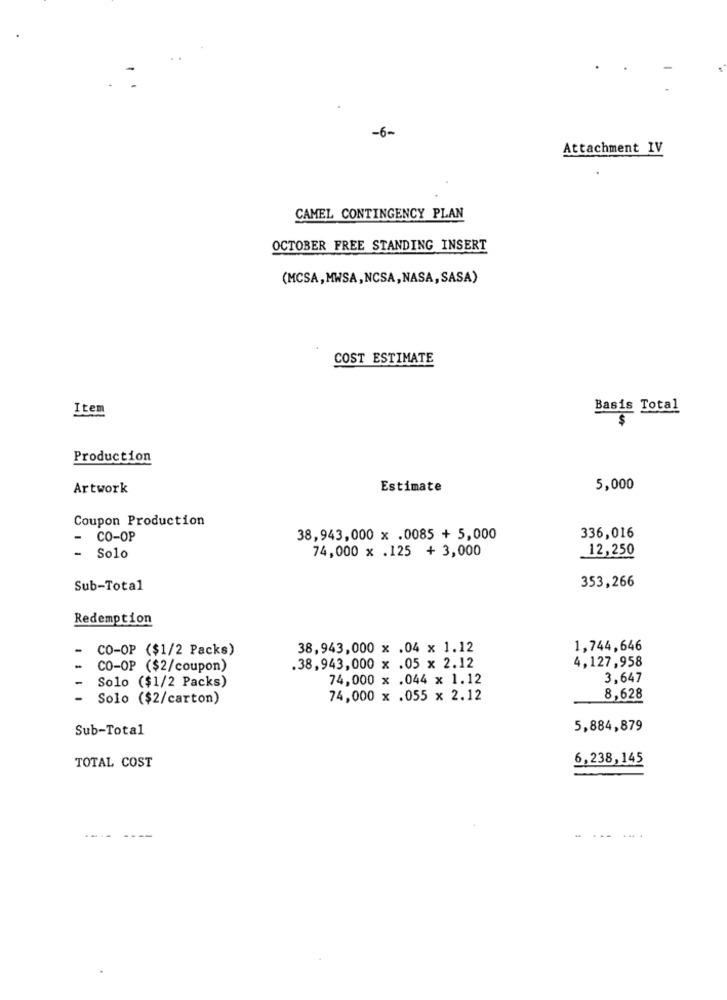
-6-
Attachment IV
CAMEL CONTINGENCY PLAN
OCTOBER FREE STANDING INSERT
(MCSA,MWSA,NCSA,NASA,SASA)
COST ESTIMATE
Item
Basis Total
Production
Artwork
Estimate
5,000
Coupon Production
- CO-OP
38,943,000 x .0085 + 5,000
336,016
74,000 x .125 + 3,000
12,250
- Solo
Sub-Total
353,266
Redemption
CO-OP ($1/2 Packs)
38,943,000 x .04 x 1.12
1,744,646
CO-OP ($2/coupon)
.38,943,000 x .05 x 2.12
4,127,958
Solo ($1/2 Packs)
74,000 x .044 x 1.12
3,647
-
Solo ($2/carton)
74,000 x .055 x 2.12
8,628
Sub-Total
5,884,879
TOTAL COST
6,238,145
----
44 4